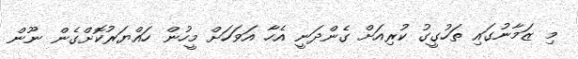
މި ޒަމާނުގައި ތަހުގީގު ކުރިއަށް ގެންދަނީ އެހާ އަަވަހަށް މީހުން ހައްޔަރުކޮޮށްގެން ނޫން